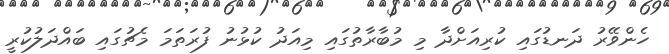
ހެންވޭރު ދަނޑުގައި ކުރިއަށްދާ މި މުބާރާތުގައި މިއަދު ކުޅުނު ފުރަތަމަ މެޗުގައި ބައްދަލުކުރީ